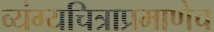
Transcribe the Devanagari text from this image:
व्यंग्यचित्राप्रमाणेच